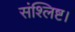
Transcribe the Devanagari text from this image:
संश्लिष्ट।